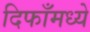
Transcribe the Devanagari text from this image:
दिफाँमध्ये